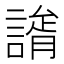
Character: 𧫐